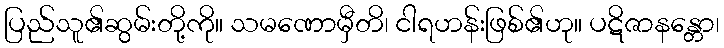
ပြည်သူ၏ဆွမ်းတို့ကို။ သမဏောမှီတိ၊ ငါရဟန်းဖြစ်၏ဟု။ ပဋိဇာနန္တော၊